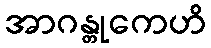
အာဂန္တုကေဟိ